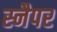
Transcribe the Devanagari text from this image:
स्नैपर